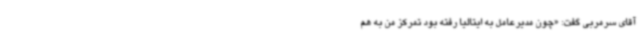
آقای سرمربی گفت: «چون مدیرعامل به ایتالیا رفته بود تمرکز من به هم